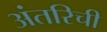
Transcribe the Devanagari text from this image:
अंतरिची